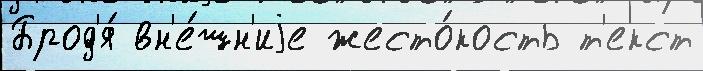
Брод'я́ вн'е́шн'иjе жесто́кость т'екст